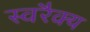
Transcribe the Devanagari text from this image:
स्वरैक्य